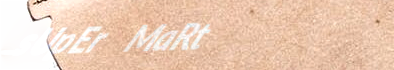
sUpEr MaRt